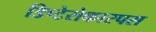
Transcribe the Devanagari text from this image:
डिप्टेरोकारपस